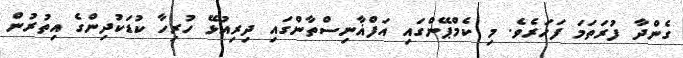
ގެންދާ ފުރަތަމަ ފަހަރެވެ. މި ކެމްޕޭންގައި އަފްޣާނިސްތާންގައި ދިރިއުޅޭ ހުރިހާ ކުޑަކުދިންގެ އިތުރުން